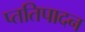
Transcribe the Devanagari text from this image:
प्ततिपादन